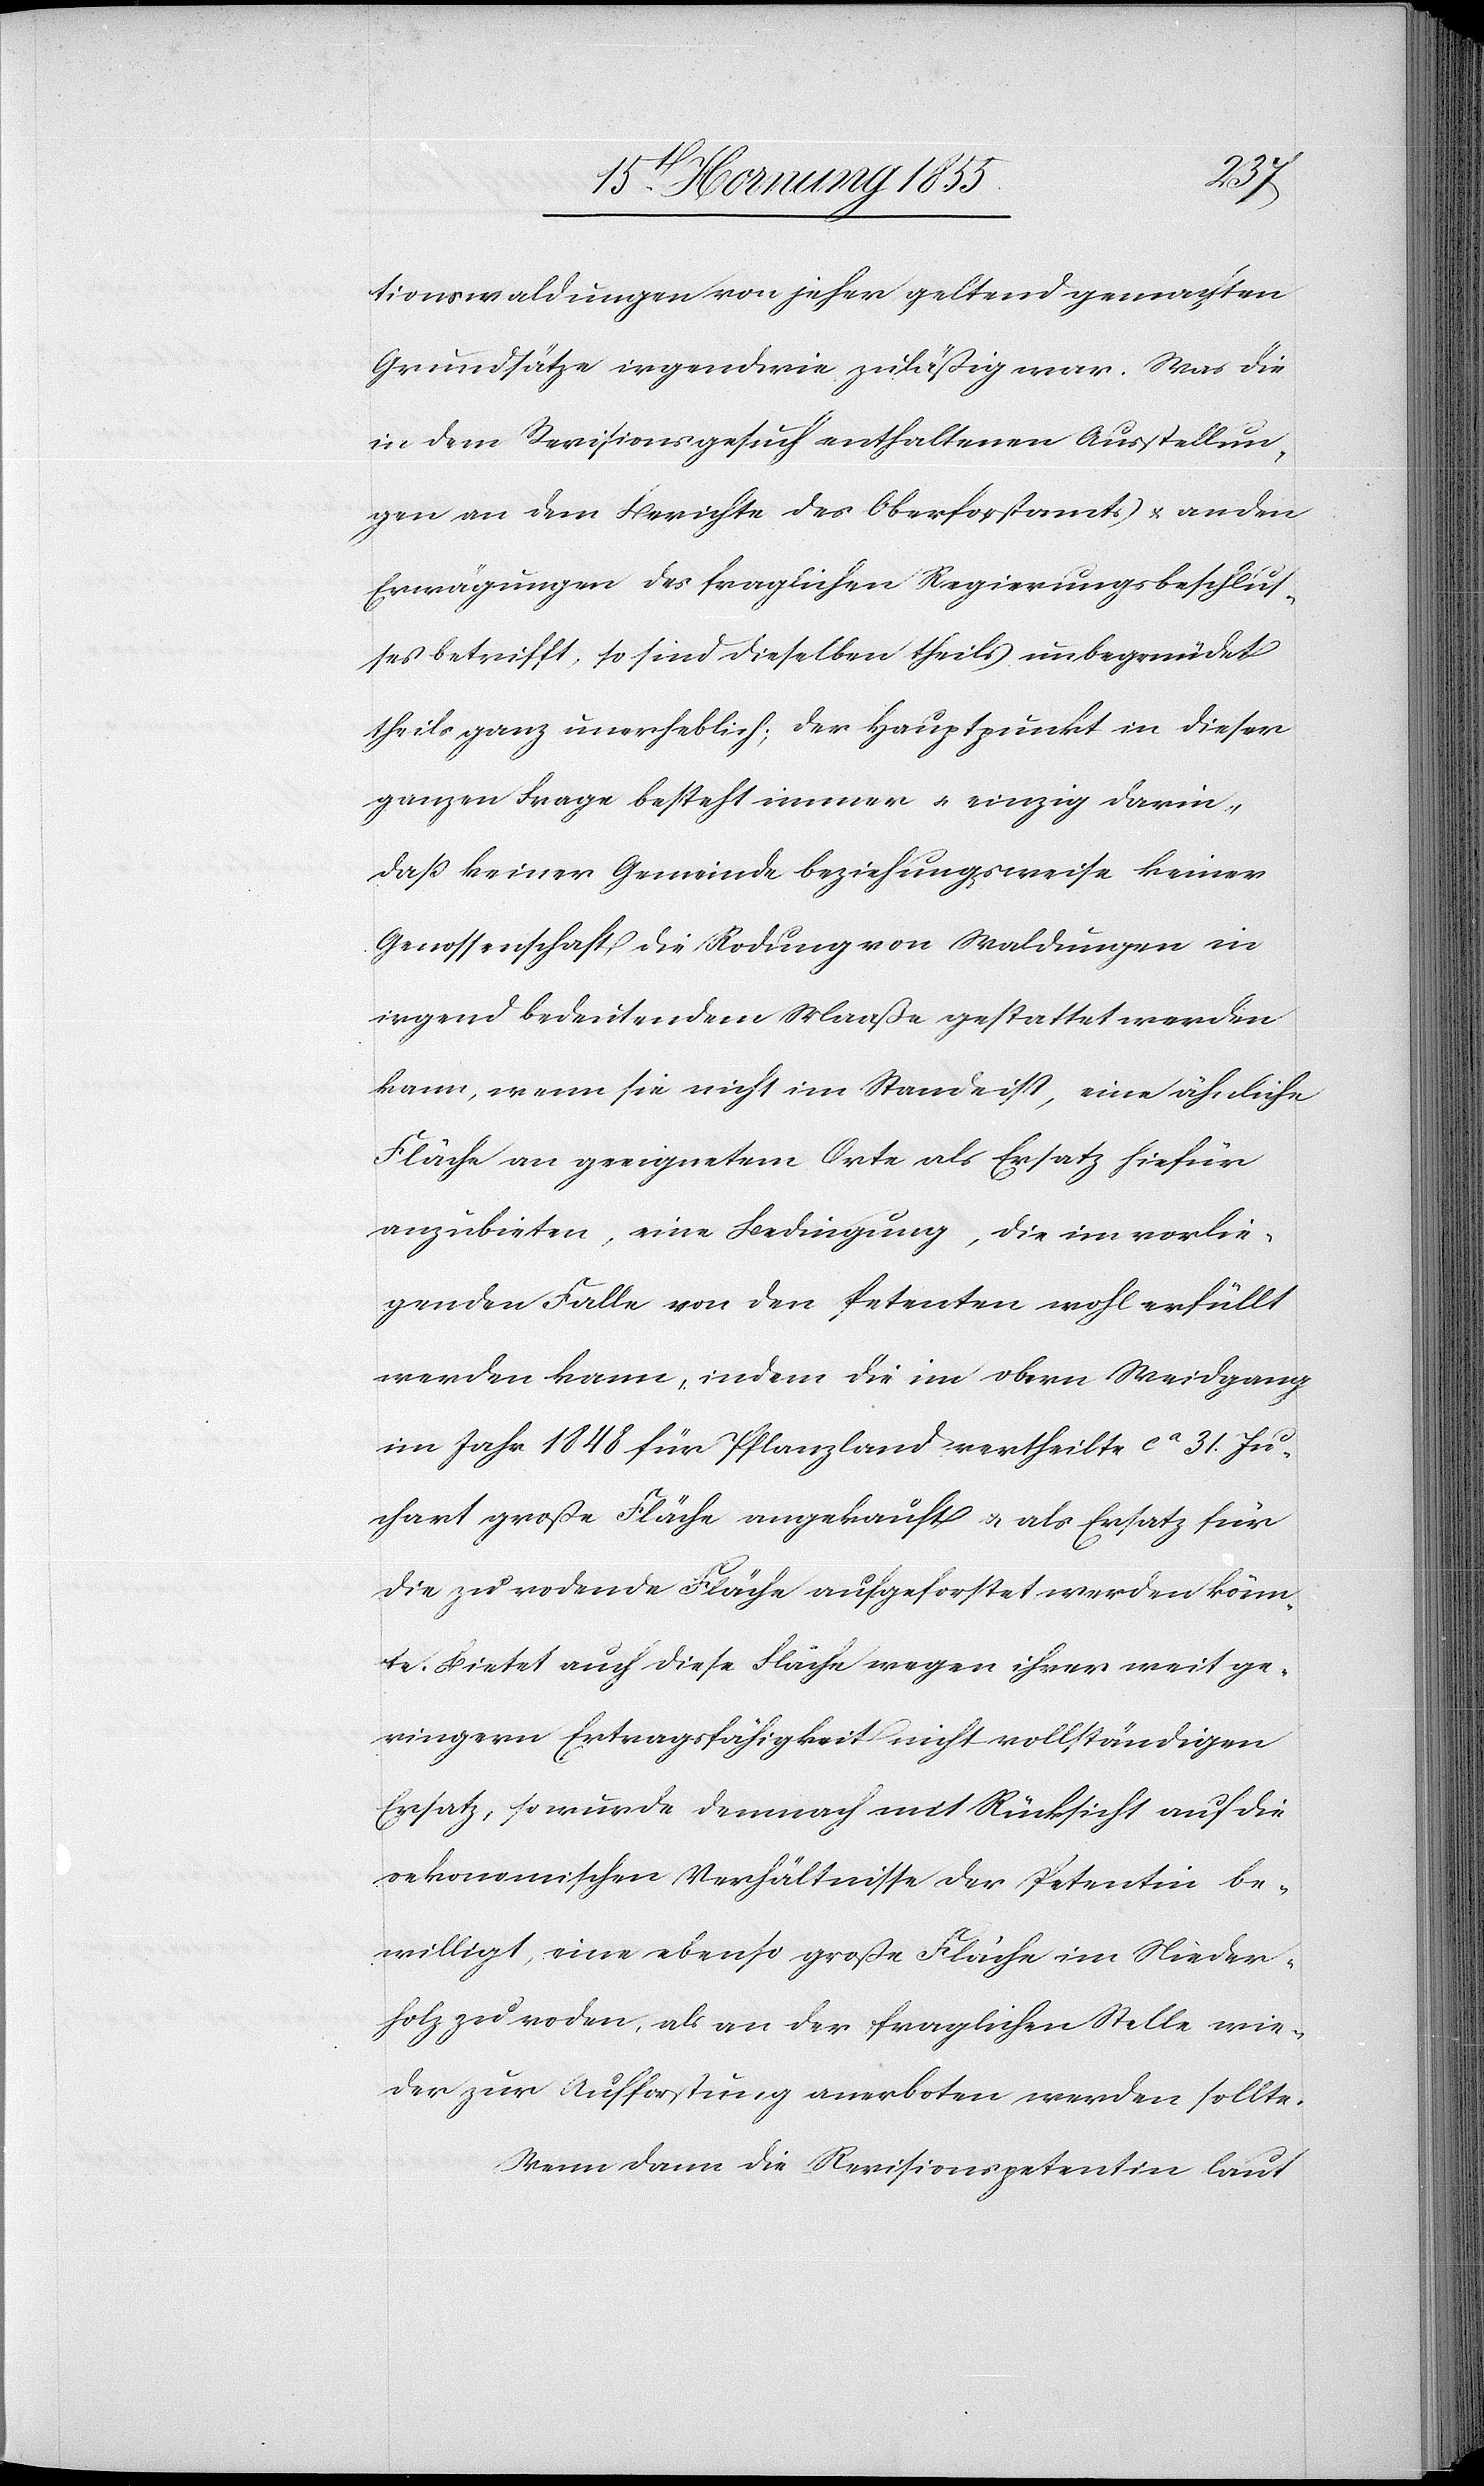
tionswaldungen von jeher geltend gemachten
Grundsätze irgendwie zuläßig war. Was die
in dem Revisionsgesuch enthaltenen Ausstellun¬
gen an dem Berichte des Oberforstamts & an den
Erwägungen des fraglichen Regierungsbeschlus¬
ses betrifft, so sind dieselben theils unbegründet
theils ganz unerheblich; der Hauptpunkt in dieser
ganzen Frage besteht immer & einzig darin,
daß keiner Gemeinde beziehungsweise keiner
Genossenschaft die Rodung von Waldungen in
irgend bedeutendem Maaße gestattet werden
kann, wenn sie nicht im Stande ist, eine ähnliche
Fläche an geeignetem Orte als Ersatz hiefür
anzubieten, eine Bedingung, die im vorlie¬
genden Falle von den Petenten wohl erfüllt
werden kann, indem die im obern Weidgang
im Jahr 1848 für Pflanzland vertheilte ca 31. Ju¬
chart große Fläche angekauft & als Ersatz für
die zu rodende Fläche aufgeforstet werden könn¬
te. Bietet auch diese Fläche wegen ihrer weit ge¬
ringern Ertragsfähigkeit nicht vollständigen
Ersatz, so wurde demnach mit Rücksicht auf die
oekonomischen Verhältnisse der Petentin be¬
willigt, eine ebenso große Fläche im Nieder¬
holz zu roden, als an der fraglichen Stelle wie¬
der zur Aufforstung anerboten werden sollte.
Wenn dann die Revisionspetentin laut